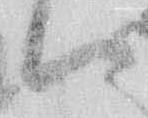
ハ